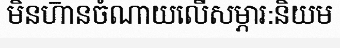
មិនហា៑នចំណាយលើសម្ភារ:និយម